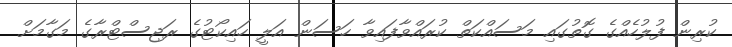
ކުރިން ފުލުހެއްގެ ގޮތުގައި މަސައްކަތް ކުރައްވާފައިވާ ހަސަން އަލީ ހައިކޯޓުގެ ރަޖިސްޓްރާގެ މަގާމަށް